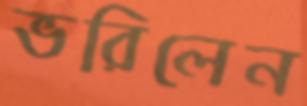
ভরিলেন